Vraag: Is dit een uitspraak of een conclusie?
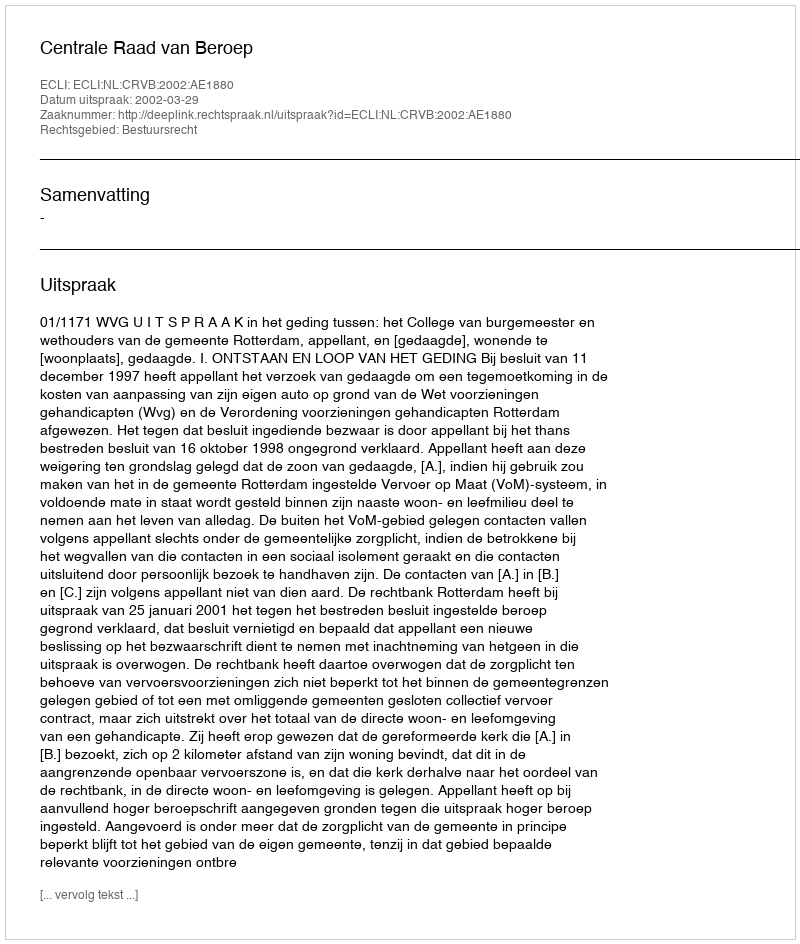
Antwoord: Uitspraak